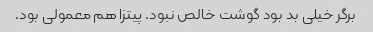
برگر خیلی بد بود گوشت خالص نبود. پیتزا هم معمولی بود.